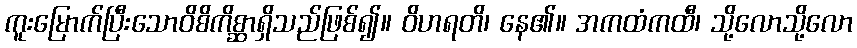
ကူးမြောက်ပြီးသောဝိစိကိစ္ဆာရှိသည်ဖြစ်၍။ ဝိဟရတိ၊ နေ၏။ အကထံကထီ၊ သို့လောသို့လော